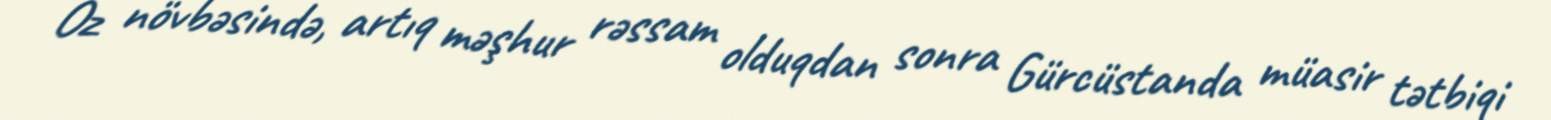
Öz növbəsində, artıq məşhur rəssam olduqdan sonra Gürcüstanda müasir tətbiqi